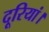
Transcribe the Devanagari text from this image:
दूरियां।